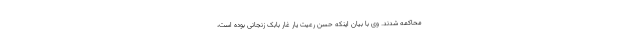
محاکمه شدند. وی با بیان اینکه حسن رعیت یار غار بابک زنجانی بوده است،